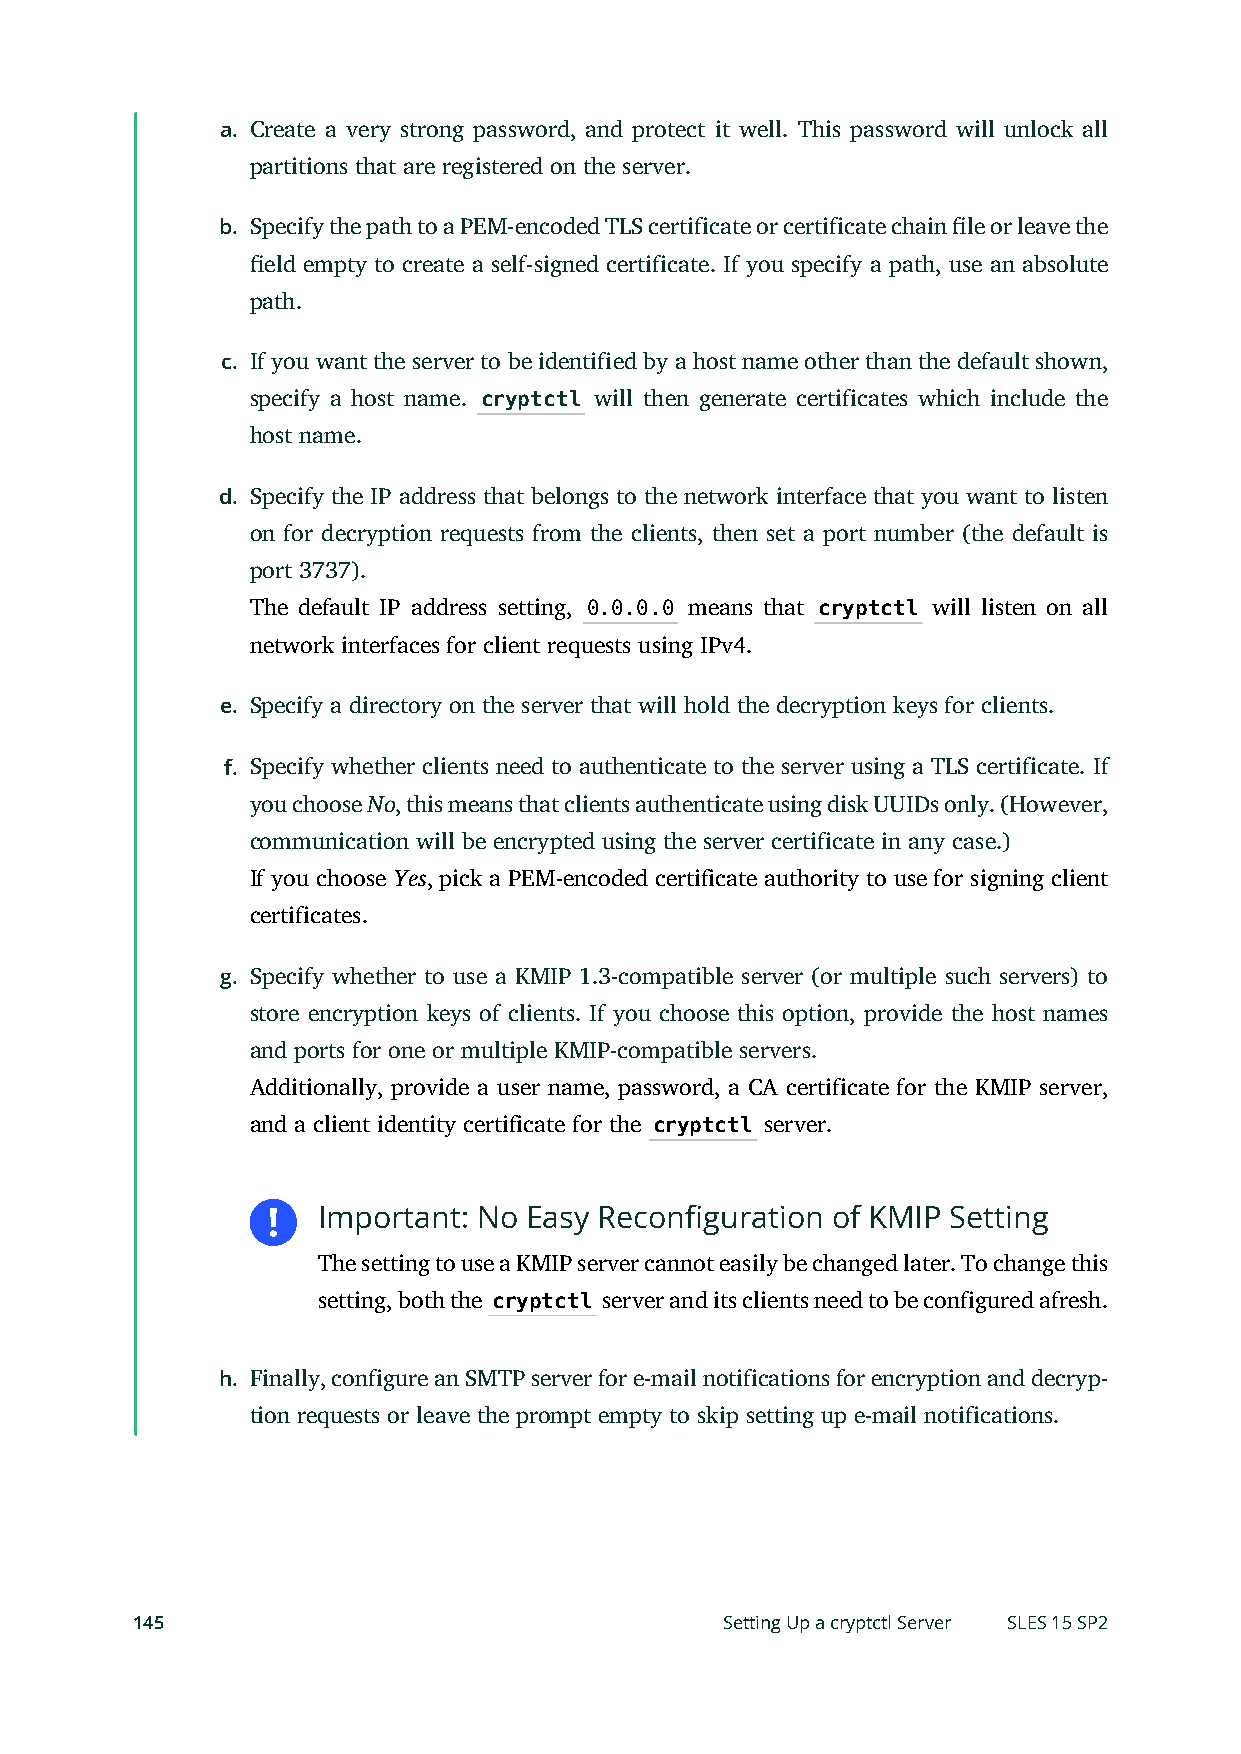
a. Create a very strong password, and protect it well. This password will unlock all
 partitions that are registered on the server.
 b. Specify the path to a PEM-encoded TLS certificate or certificate chain le or leave the
 eld empty to create a self-signed certificate. If you specify a path, use an absolute
 path.
 c. If you want the server to be identified by a host name other than the default shown,
 specify a host name. cryptctl will then generate certificates which include the
 host name.
 d. Specify the IP address that belongs to the network interface that you want to listen
 on for decryption requests from the clients, then set a port number (the default is
 port 3737).
 The default IP address setting, 0.0.0.0 means that cryptctl will listen on all
 network interfaces for client requests using IPv4.
 e. Specify a directory on the server that will hold the decryption keys for clients.
 f. Specify whether clients need to authenticate to the server using a TLS certificate. If
 you choose No, this means that clients authenticate using disk UUIDs only. (However,
 communication will be encrypted using the server certificate in any case.)
 If you choose Yes, pick a PEM-encoded certificate authority to use for signing client
 certificates.
 g. Specify whether to use a KMIP 1.3-compatible server (or multiple such servers) to
 store encryption keys of clients. If you choose this option, provide the host names
 and ports for one or multiple KMIP-compatible servers.
 Additionally, provide a user name, password, a CA certificate for the KMIP server,
 and a client identity certificate for the cryptctl server.
 Important: No Easy Reconfiguration of KMIP Setting
 The setting to use a KMIP server cannot easily be changed later. To change this
 setting, both the cryptctl server and its clients need to be configured afresh.
 h. Finally, configure an SMTP server for e-mail notifications for encryption and decryp-
 tion requests or leave the prompt empty to skip setting up e-mail notifications.
 145                                    Setting Up a cryptctl Server SLES 15 SP2